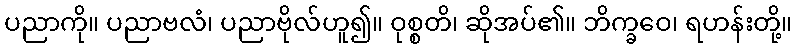
ပညာကို။ ပညာဗလံ၊ ပညာဗိုလ်ဟူ၍။ ဝုစ္စတိ၊ ဆိုအပ်၏။ ဘိက္ခဝေ၊ ရဟန်းတို့။